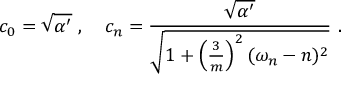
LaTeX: c _ { 0 } = \sqrt { \alpha ^ { \prime } } ~ , ~ ~ ~ c _ { n } = \frac { \sqrt { \alpha ^ { \prime } } } { \sqrt { 1 + \left( \frac { 3 } { m } \right) ^ { 2 } ( \omega _ { n } - n ) ^ { 2 } } } ~ .